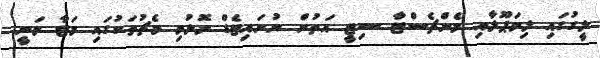
ލީގުގައި ލިވަޕޫލާއި މެންޗެސްޓާ ސިޓީ އަތުން ޔުނައިޓެޑް މޮޅުވި މެޗުތަކުގައި މަޓާ ވަނީ